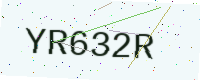
Text: YR632R